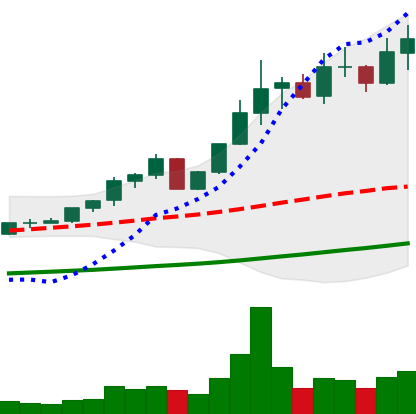
Ticker: ETC-USD
Chart end date: 2021-04-14
Forward return: 52.412%
Label: up_7plus